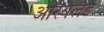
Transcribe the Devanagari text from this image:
आरयलैंड